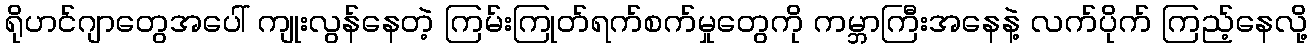
ရိုဟင်ဂျာတွေအပေါ် ကျုးလွန်နေတဲ့ ကြမ်းကြုတ်ရက်စက်မှုတွေကို ကမ္ဘာကြီးအနေနဲ့ လက်ပိုက် ကြည့်နေလို့